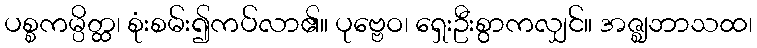
ပစ္စကမ္ပိတ္ထ၊ စုံးစမ်း၍ကပ်လာ၏။ ပုဗ္ဗေဝ၊ ရှေးဦးစွာကလျှင်။ အဇ္ဈဘာသထ၊